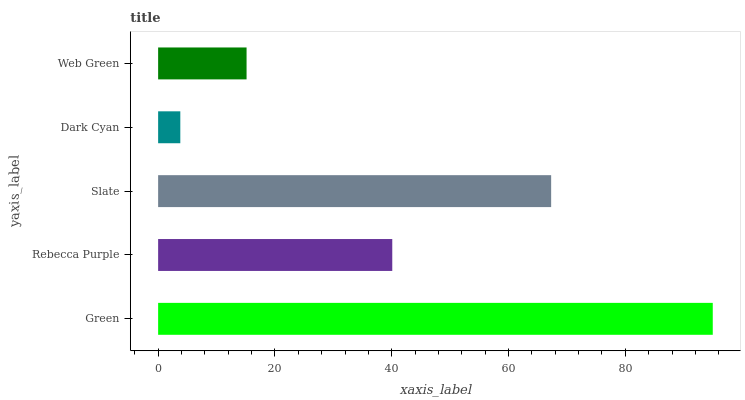
| yaxis_label | bars |
 | --- | --- |
 | Green | 95 |
 | Rebecca Purple | 40.1 |
 | Slate | 67.3 |
 | Dark Cyan | 3.8 |
 | Web Green | 15.1 |